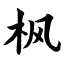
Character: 枫